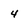
Character: 4